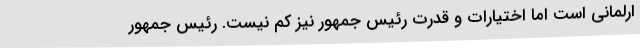
ارلمانی است اما اختیارات و قدرت رئیس جمهور نیز کم نیست. رئیس جمهور